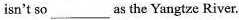
isn't so ___ as the Yangtze River.